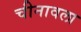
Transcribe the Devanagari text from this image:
चीनावला